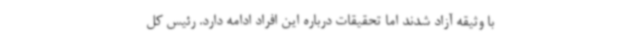
با وثیقه آزاد شدند اما تحقیقات درباره این افراد ادامه دارد. رئیس کل